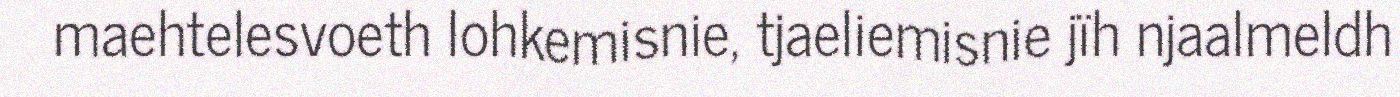
maehtelesvoeth lohkemisnie, tjaeliemisnie jïh njaalmeldh